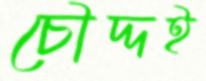
চৌদ্দই